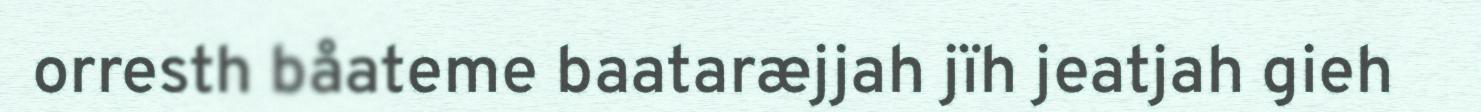
orresth båateme baataræjjah jïh jeatjah gieh